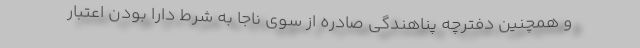
و همچنین دفترچه پناهندگی صادره از سوی ناجا به شرط دارا بودن اعتبار